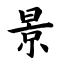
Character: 景